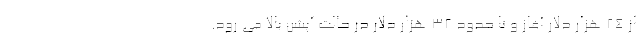
از 24 هزار دلار آغاز و تا حدود 32 هزار دلار در حالت آپشن بالا می رود.